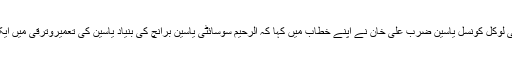
تقریب سے صدر اسماعیلی لوکل کونسل یاسین ضرب علی خان نے اپنے خطاب میں کہا کہ الرحیم سوسائٹی یاسین برانچ کی بنیاد یاسین کی تعمیروترقی میں ایک اہم سنگ مل ثابت ہوگا۔